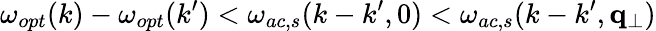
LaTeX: \omega_{opt}(k)-\omega_{opt}(k^{\prime})<\omega_{ac,s}(k-k^{\prime},0)<\omega_{ac,s}(k-k^{\prime},\mathbf{q}_{\perp})